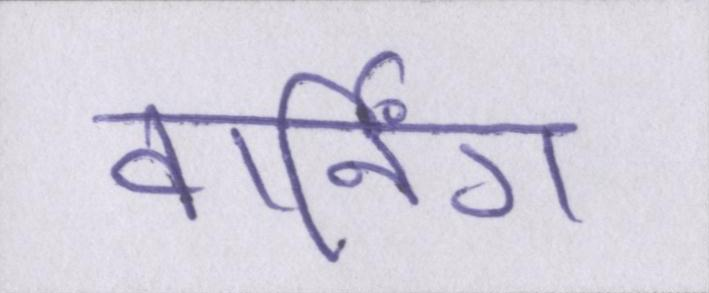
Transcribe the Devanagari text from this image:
वार्निंग